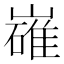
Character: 𡽛